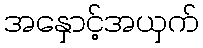
အနှောင့်အယှက်